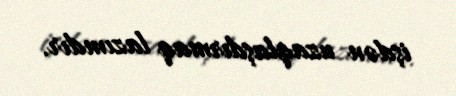
işdən uzaqlaşdırmaq lazımdır.